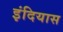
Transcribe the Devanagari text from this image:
इंदियास